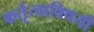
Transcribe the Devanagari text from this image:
कर्तृत्वाविषयी